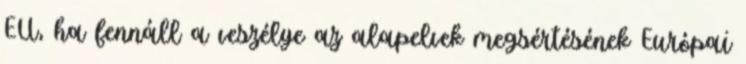
EU, ha fennáll a veszélye az alapelvek megsértésének Európai